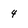
Character: 4